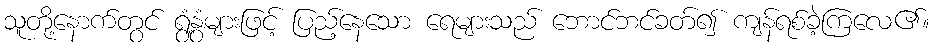
သူတို့နောက်တွင် ရွံ့နွံများဖြင့် ပြည့်နေသော ရေများသည် ဘောင်ဘင်ခတ်၍ ကျန်ရစ်ခဲ့ကြလေ၏။